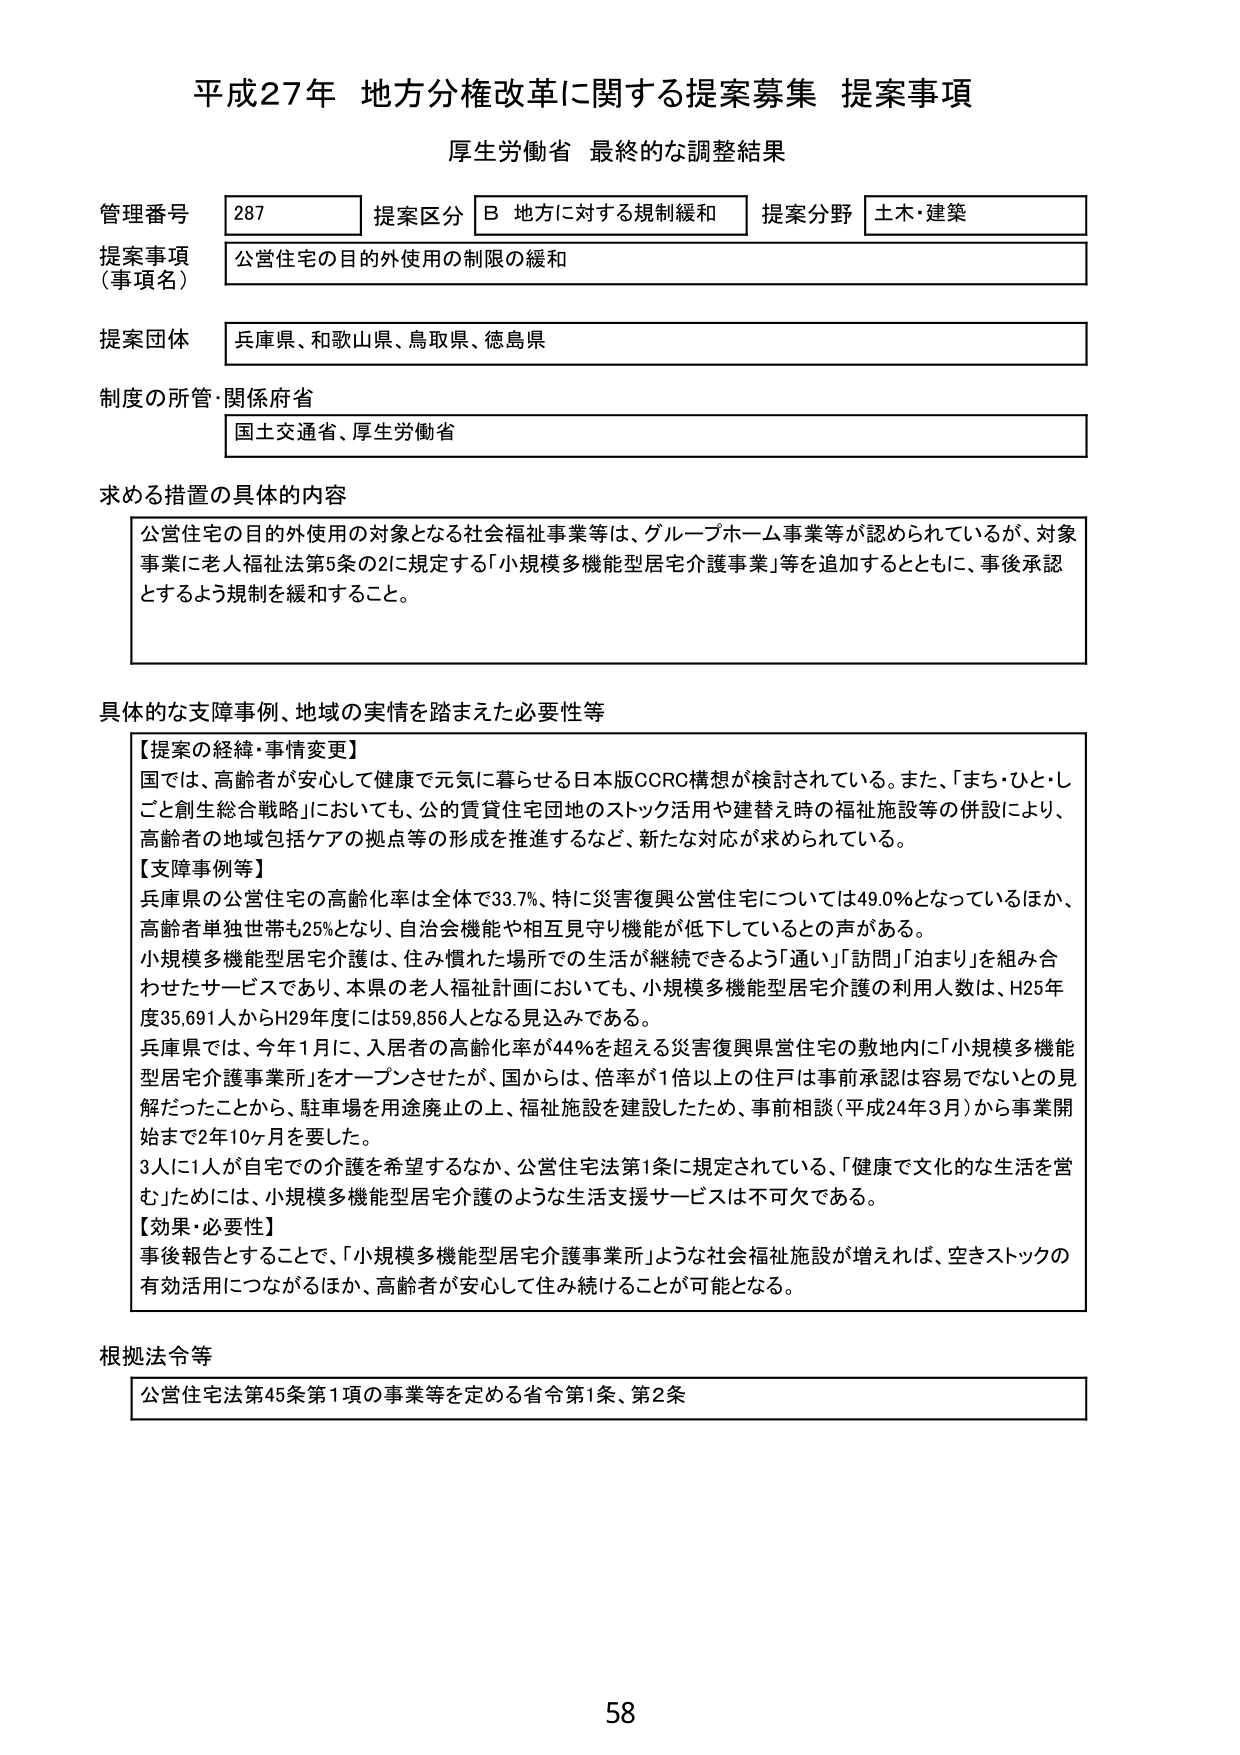
平成27年 地方分権改革に関する提案募集 提案事項
厚生労働省 最終的な調整結果

管理番号 287
提案区分 B 地方に対する規制緩和
提案分野 土木・建築

提案事項（事項名）
公営住宅の目的外使用の制限の緩和

提案団体
兵庫県、和歌山県、鳥取県、徳島県

制度の所管・関係府省
国土交通省、厚生労働省

求める措置の具体的内容
公営住宅の目的外使用の対象となる社会福祉事業等は、グループホーム事業等が認められているが、対象事業に老人福祉法第5条の2に規定する「小規模多機能型居宅介護事業」等を追加するとともに、事後承認とするよう規制を緩和すること。

具体的な支障事例、地域の実情を踏まえた必要性等
【提案の経緯・事情変更】
国では、高齢者が安心して健康で元気に暮らせる日本版CCRC構想が検討されている。また、「まち・ひと・しごと創生総合戦略」においても、公的賃貸住宅団地のストック活用や建替え時の福祉施設等の併設により、高齢者の地域包括ケアの拠点等の形成を推進するなど、新たな対応が求められている。
【支障事例等】
兵庫県の公営住宅の高齢化率は全体で33.7%、特に災害復興公営住宅については49.0%となっているほか、高齢者単独世帯も25%となり、自治会機能や相互見守り機能が低下しているとの声がある。
小規模多機能型居宅介護は、住み慣れた場所での生活が継続できるよう「通い」「訪問」「泊まり」を組み合わせたサービスであり、本県の老人福祉計画においても、小規模多機能型居宅介護の利用人数は、H25年度35,691人からH29年度には59,856人となる見込みである。
兵庫県では、今年1月に、入居者の高齢化率が44%を超える災害復興県営住宅の敷地内に「小規模多機能型居宅介護事業所」をオープンさせたが、国からは、倍率が1倍以上の住戸は事前承認は容易でないとの見解だったことから、駐車場を用途廃止の上、福祉施設を建設したため、事前相談（平成24年3月）から事業開始まで2年10ヶ月を要した。
3人に1人が自宅での介護を希望するなか、公営住宅法第1条に規定されている、「健康で文化的な生活を営む」ためには、小規模多機能型居宅介護のような生活支援サービスは不可欠である。
【効果・必要性】
事後報告とすることで、「小規模多機能型居宅介護事業所」ような社会福祉施設が増えれば、空きストックの有効活用につながるほか、高齢者が安心して住み続けることが可能となる。

根拠法令等
公営住宅法第45条第1項の事業等を定める省令第1条、第2条

58